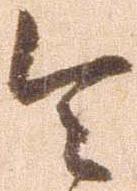
令